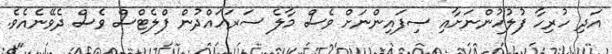
އަދި ހުރިހާ ފުލުހުންނަށާއި ސިފައިންނަށް ވެސް މާލެ ސަރަހައްދުން ފްލެޓްސް ވެސް ދެވޭނެއެެވެ.